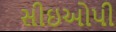
સીઇઓપી